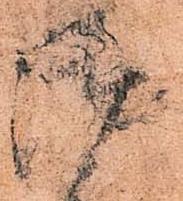
御